Proceedings of the meeting of veterinary officers in India
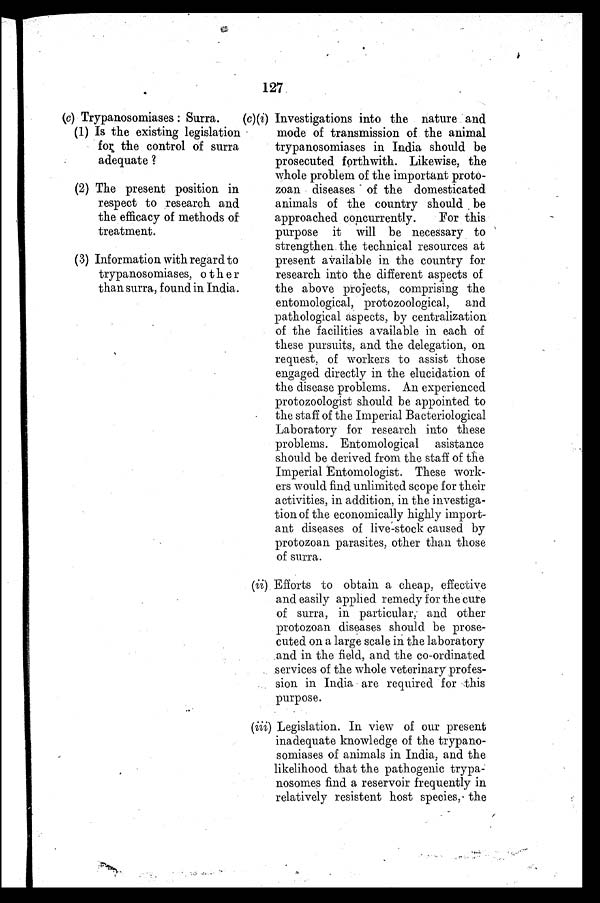
127
(c) Trypanosomiases: Surra.
(1) Is the existing legislation
for the control of surra
adequate ?
(2) The present position in
respect to research and
the efficacy of methods of
treatment.
(3) Information with regard to
trypanosomiases, other
than surra, found in India.
(c)(i) Investigations into the nature and
mode of transmission of the animal
trypanosomiases in India should be
prosecuted forthwith. Likewise, the
whole problem of the important proto-
zoan diseases of the domesticated
animals of the country should be
approached concurrently.
For this
purpose it will be necessary to
strengthen the technical resources at
present available in the country for
research into the different aspects of
the above projects, comprising the
entomological, protozoological, and
pathological aspects, by centralization
of the facilities available in each of
these pursuits, and the delegation, on
request, of workers to assist those
engaged directly in the elucidation of
the disease problems. An experienced
protozoologist should be appointed to
the staff of the Imperial Bacteriological
Laboratory for research into these
problems. Entomological
asistance
should be derived from the staff of the
Imperial Entomologist. These work-
ers would find unlimited scope for their
activities, in addition, in the investiga-
tion of the economically highly import-
ant diseases of live-stock caused by
protozoan parasites, other than those
of surra.
(ii) Efforts to obtain a cheap, effective
and easily applied remedy for the cure
of surra, in particular, and other
protozoan diseases should be prose-
cuted on a large scale in the laboratory
and in the field, and the co-ordinated
services of the whole veterinary profes-
sion in India are required for this
purpose.
(iii) Legislation. In view of our present
inadequate knowledge of the trypano-
somiases of animals in India, and the
likelihood that the pathogenic trypa-
nosomes find a reservoir frequently in
relatively resistent host species, the